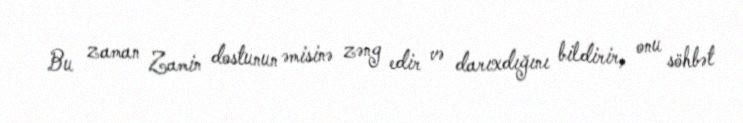
Bu zaman Zamin dostunun əmisinə zəng edir və darıxdığını bildirir, onu söhbət